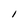
Character: l